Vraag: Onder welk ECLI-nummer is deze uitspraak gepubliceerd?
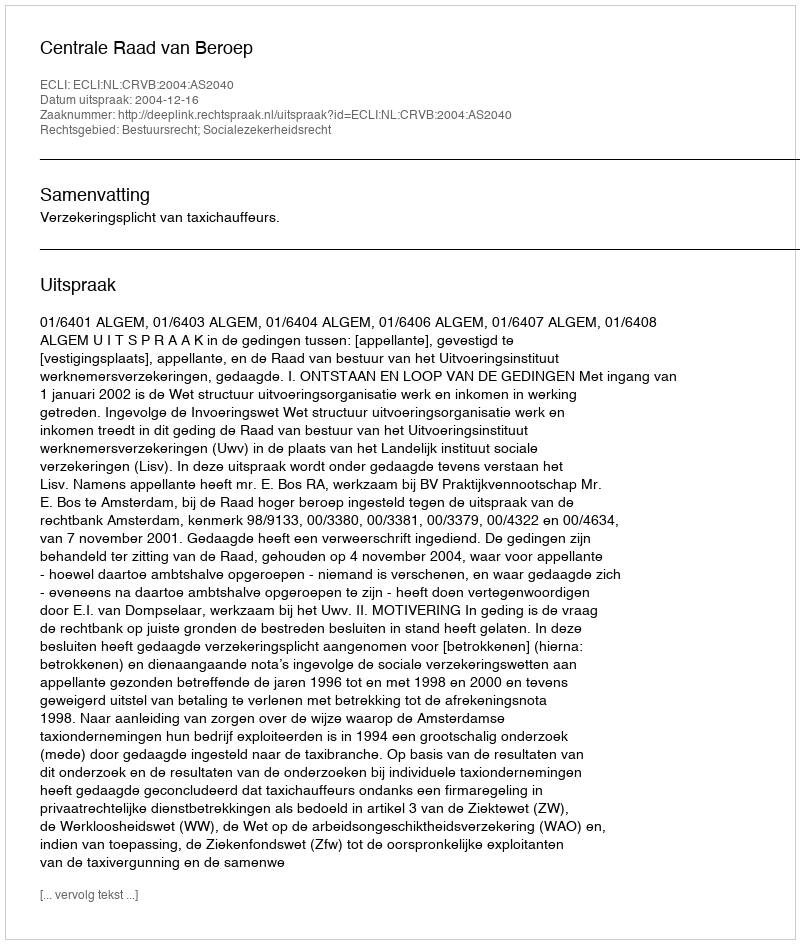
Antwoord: ECLI:NL:CRVB:2004:AS2040